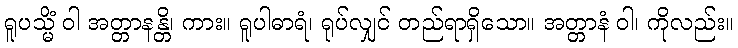
ရူပသ္မိံ ဝါ အတ္တာနန္တိ၊ ကား။ ရူပါဓာရံ၊ ရုပ်လျှင် တည်ရာရှိသော။ အတ္တာနံ ဝါ၊ ကိုလည်း။